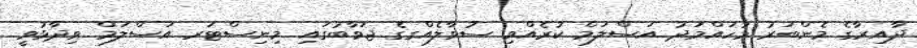
ދާއިރާގެ މެންބަރު މުހައްމަދު އަސްލަމް ކުރެއްވި ސުވާލެއްގގެ ޖަވާބުގައި މިނިސްޓަރ އަސްލަމް ވިދާޅުވީ